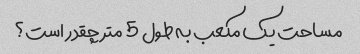
مساحت یک مکعب به طول 5 متر چقدر است؟